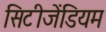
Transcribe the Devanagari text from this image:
सिटीजेंडियम